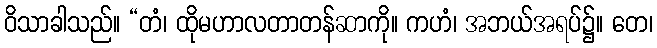
ဝိသာခါသည်။ “တံ၊ ထိုမဟာလတာတန်ဆာကို။ ကဟံ၊ အဘယ်အရပ်၌။ တေ၊